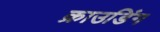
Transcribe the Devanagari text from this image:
क्राउडिंग